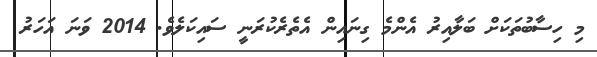
މި ހިސާބުތަކަށް ބަލާއިރު އެންމެ ގިނައިން އެތެރެކުރަނީ ސައިކަލެވެ. 2014 ވަނަ އަހަރު